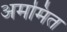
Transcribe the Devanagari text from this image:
अममित